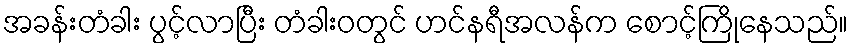
အခန်းတံခါး ပွင့်လာပြီး တံခါးဝတွင် ဟင်နရီအလန်က စောင့်ကြိုနေသည်။